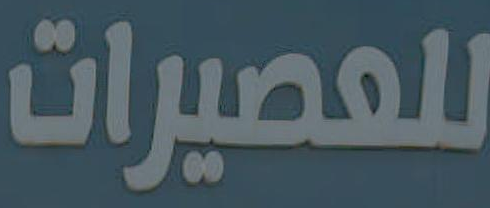
للعصيرات